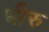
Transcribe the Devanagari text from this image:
धीरु